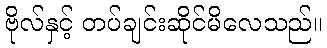
ဗိုလ်နှင့် တပ်ချင်းဆိုင်မိလေသည်။